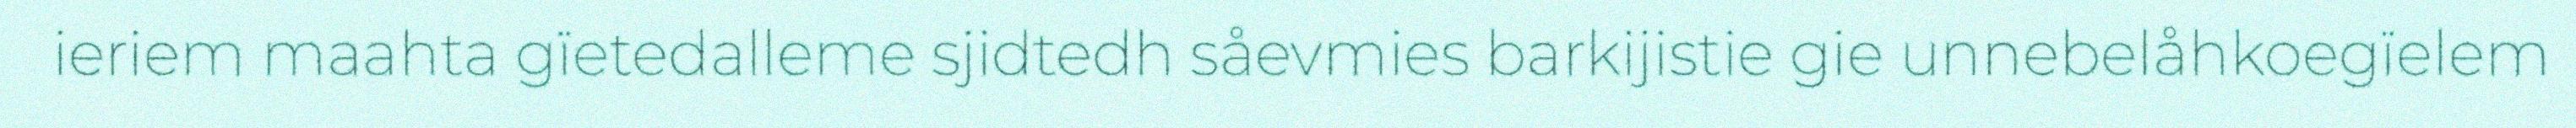
ieriem maahta gïetedalleme sjidtedh såevmies barkijistie gie unnebelåhkoegïelem